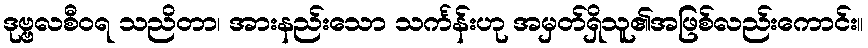
ဒုဗ္ဗလစီဝရ သညိတာ၊ အားနည်းသော သင်္ကန်းဟု အမှတ်ရှိသူ၏အဖြစ်လည်းကောင်း။